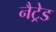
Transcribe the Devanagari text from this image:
नैट्रेड